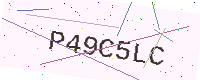
Text: P49C5LC